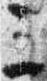
三